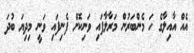
އެއް އާއިލާގެ ހަ މެންބަރުން މަރާލާފައި ވަނިކޮށް ފެނިފައި ވަނީ މިދިޔަ ބުދަ